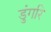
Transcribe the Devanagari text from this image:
डुंगरि